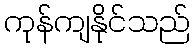
ကုန်ကျနိုင်သည်